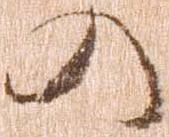
の